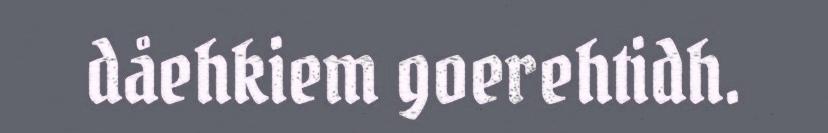
dåehkiem goerehtidh.